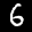
Label: 6